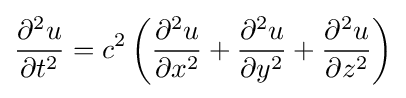
{\frac {\partial ^{2}u}{\partial t^{2}}}=c^{2}\left({\frac {\partial ^{2}u}{\partial x^{2}}}+{\frac {\partial ^{2}u}{\partial y^{2}}}+{\frac {\partial ^{2}u}{\partial z^{2}}}\right)